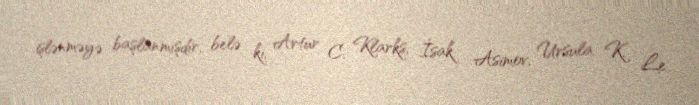
işlənməyə başlanmışdır, belə ki, Artur C. Klarks, İsak Asimov, Ursula K. Le